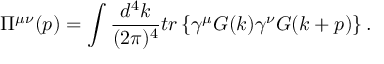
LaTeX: \Pi ^ { \mu \nu } ( p ) = \int \frac { d ^ { 4 } k } { ( 2 \pi ) ^ { 4 } } t r \left\{ \gamma ^ { \mu } G ( k ) \gamma ^ { \nu } G ( k + p ) \right\} .